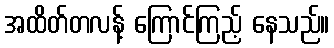
အထိတ်တလန့် ကြောင်ကြည့် နေသည်။